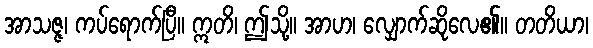
အာသဇ္ဇ၊ ကပ်ရောက်ပြီ။ ဣတိ၊ ဤသို့။ အာဟ၊ လျှောက်ဆိုလေ၏။ တတိယာ၊